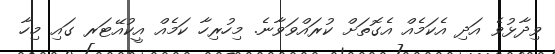
ވިދާޅުވެ އަދި އެކަމެއް އެގޮތަށް ކުރައްވަވާނެ. މިހުރިހާ ކަމެއް އީކުއޭޓަރ ގައި މިހާ